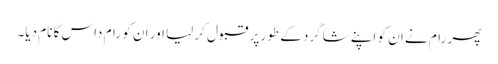
پھر رام نے ان کو اپنے شاگرد کے طور پر قبول کر لیا اور ان کو رام داس کا نام دیا۔